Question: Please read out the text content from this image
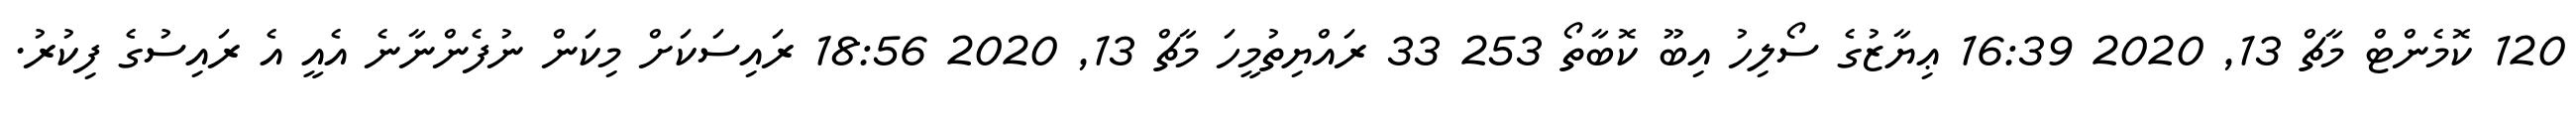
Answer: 120 ކޮމެންޓް މާޗް 13, 2020 16:39 ޢިޔާޒުގެ ސޯލިހު އިބޫ ކޮބާތޯ 253 33 ރައްޔިތުމީހަ މާޗް 13, 2020 18:56 ރައިސަކަށް މިކަން ނުފެންނާނެ އެއީ އެ ރައިސުގެ ފިކުރު.